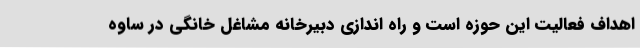
اهداف فعالیت این حوزه است و راه اندازی دبیرخانه مشاغل خانگی در ساوه